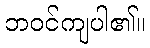
ဘဝင်ကျပါ၏။